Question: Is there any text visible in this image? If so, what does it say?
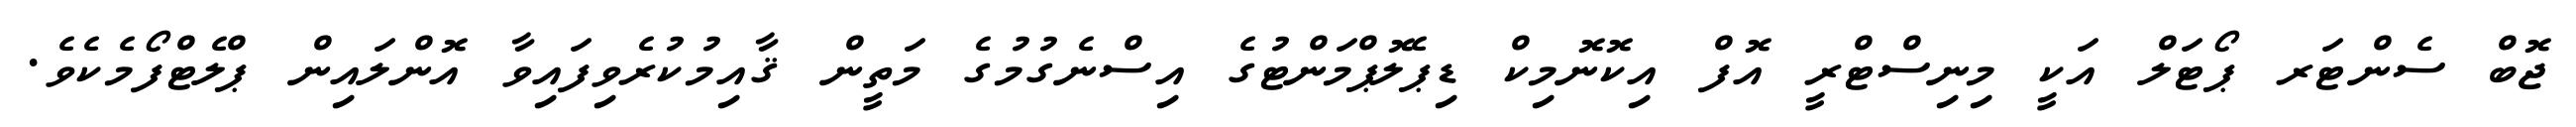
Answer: ޖޮބް ސެންޓަރ ޕޯޓަލް އަކީ މިނިސްޓްރީ އޮފް އިކޮނޮމިކް ޑިޕެލޮޕްމަންޓުގެ އިސްނެގުމުގެ މަތީން ޤާއިމުކުރެވިފައިވާ އޮންލައިން ޕްލެޓްފޯމެކެވެ.